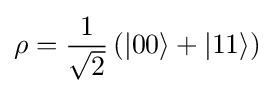
\rho ={\frac {1}{\sqrt {2}}}\left(|00\rangle +|11\rangle \right)